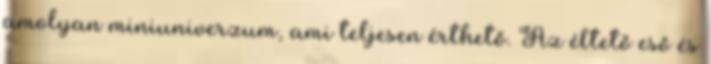
amolyan miniuniverzum, ami teljesen érthető. Az éltető eső és